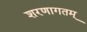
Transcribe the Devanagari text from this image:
शरणागतम्‌